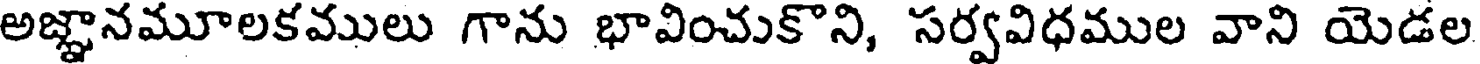
అజ్ఞానమూలకములు గాను భావించుకొని, సర్వవిధముల వాని యెడల